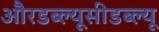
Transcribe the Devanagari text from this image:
औरडब्ल्यूसीडब्ल्यू